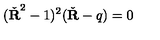
( \check { \bf R } ^ { 2 } - 1 ) ^ { 2 } ( \check { \bf R } - q ) = 0